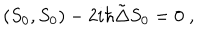
( S _ { 0 } , S _ { 0 } ) - 2 i \hbar \tilde { \Delta } S _ { 0 } = 0 \; ,